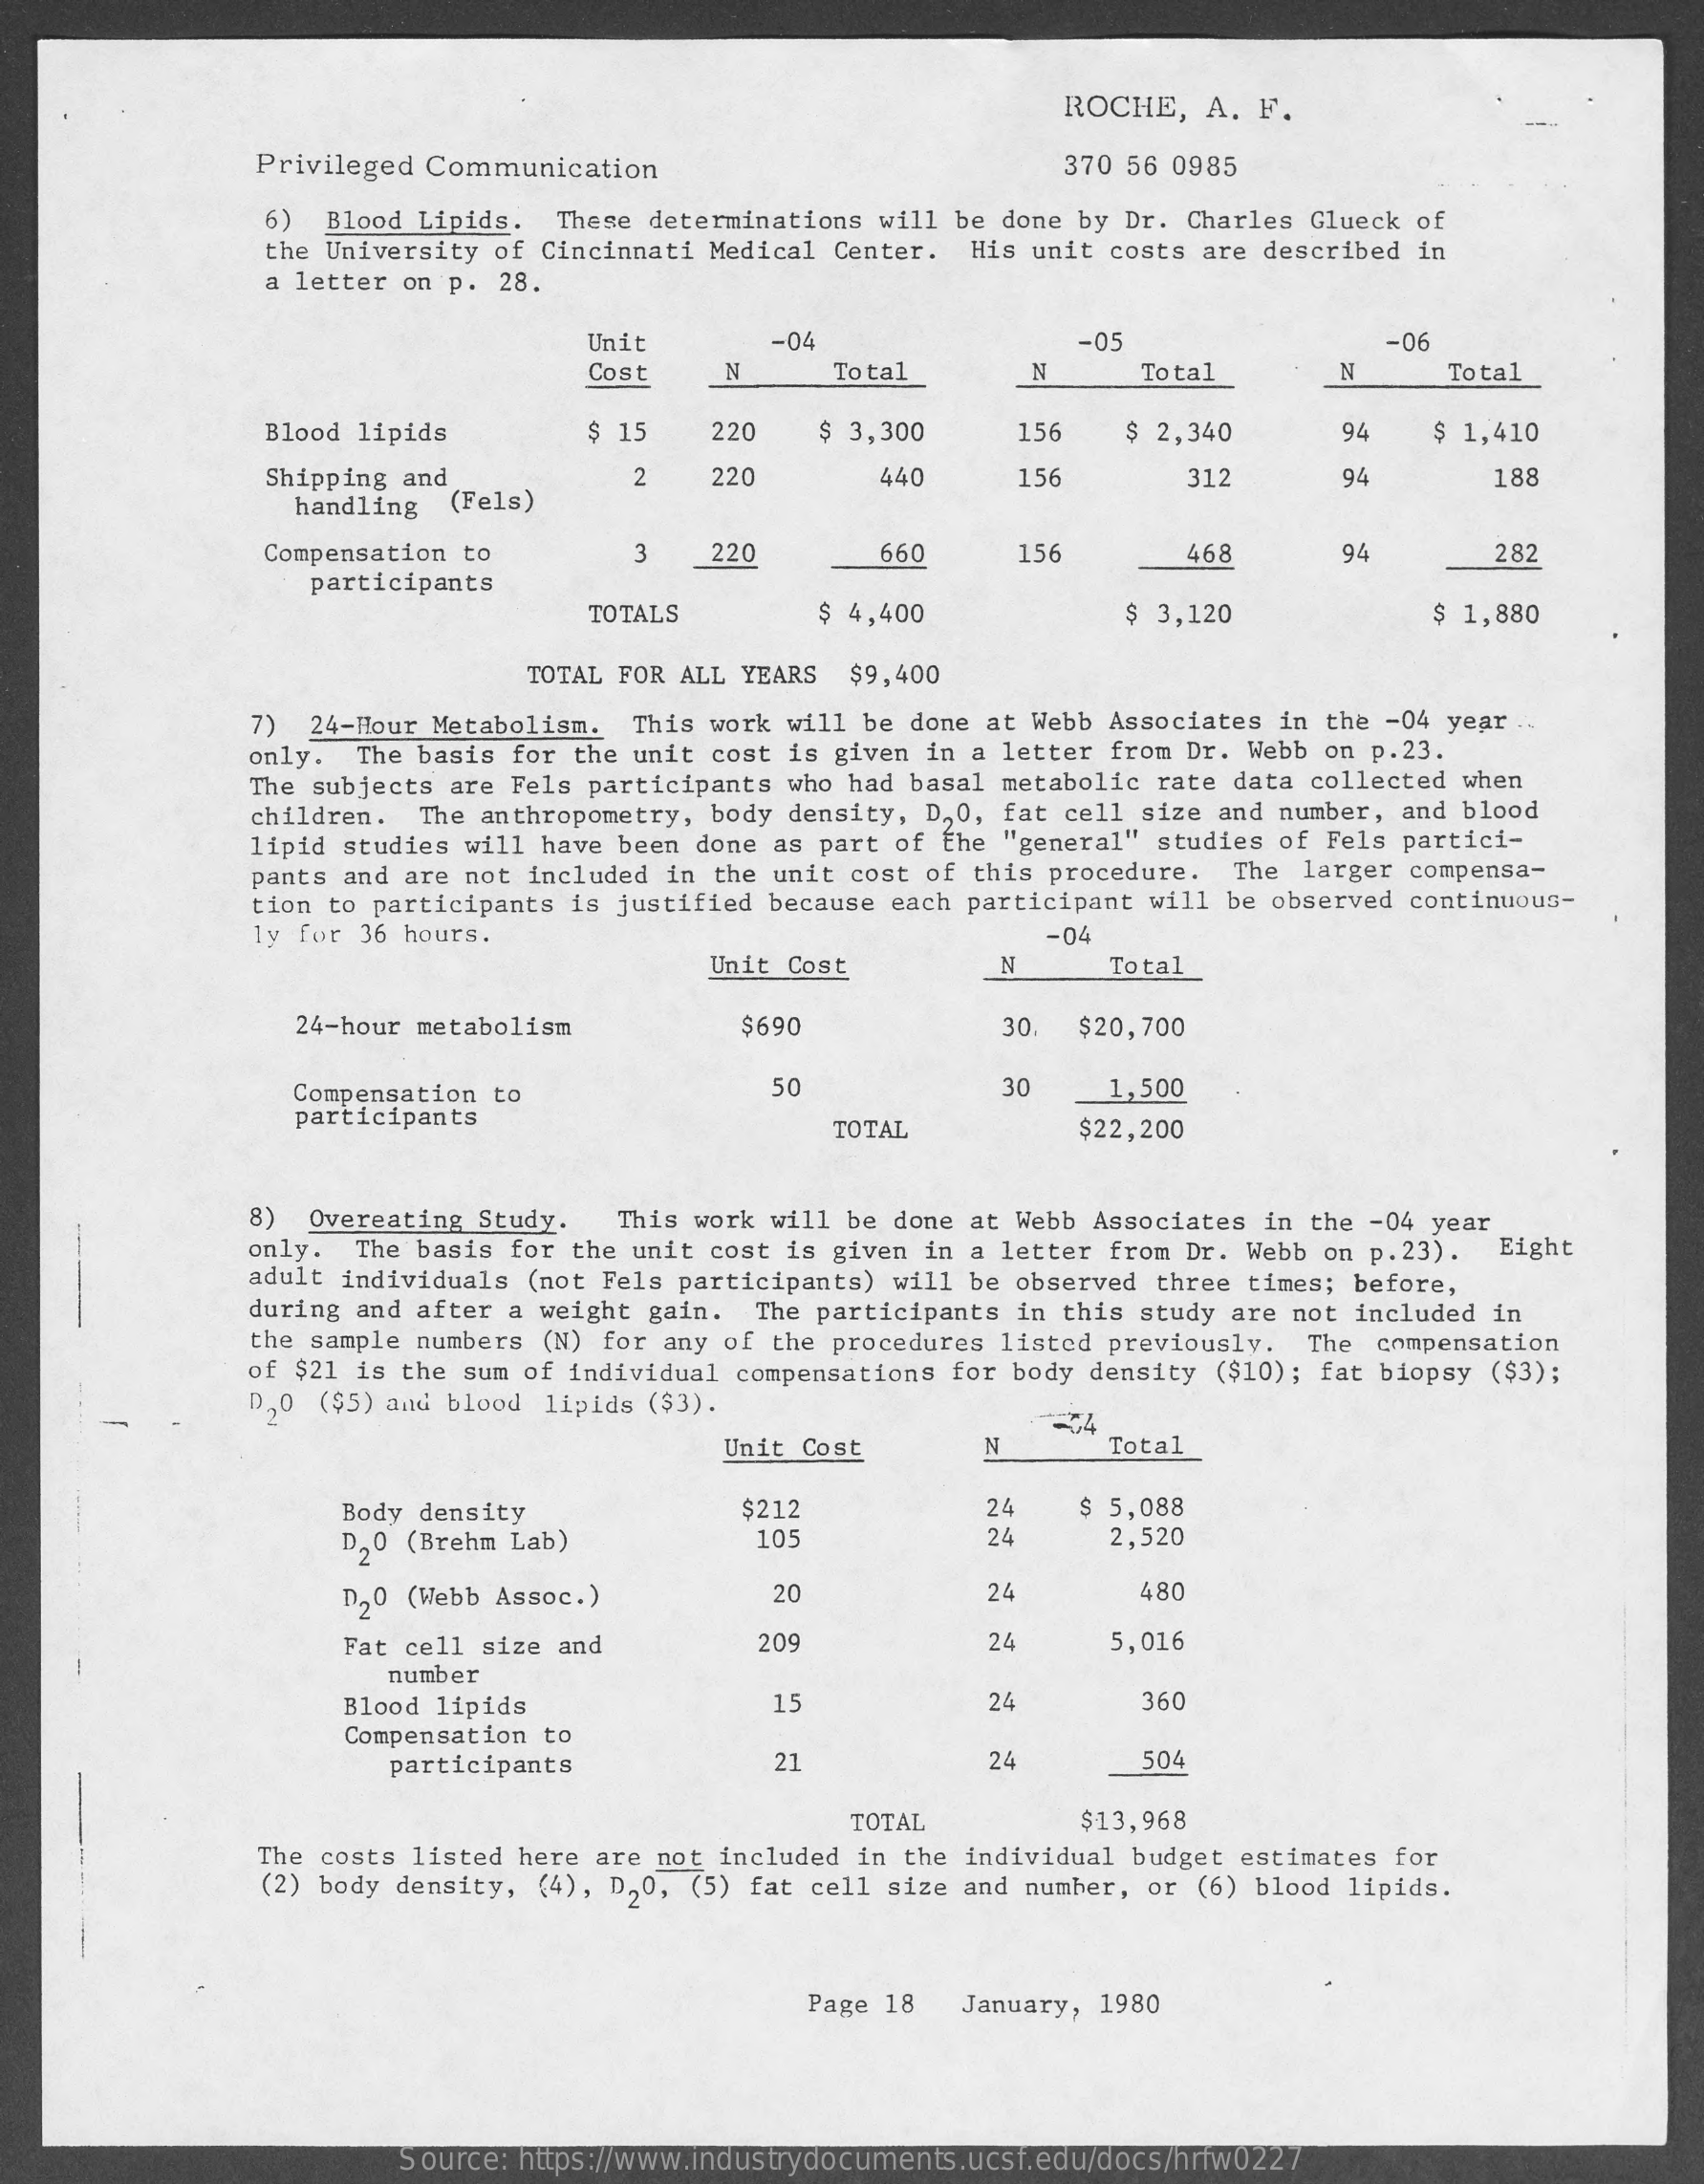
ROCHE,  A. F.
     Privileged Communication    370 56 0985
     6) Blood Lipids. These determinations will be done by Dr. Charles Glueck of
     the University of Cincinnati Medical Center. His unit costs are described in
     a letter on p. 28.
     Unit    -04    -05    -06
     Cost    N    Total    N    Total    N    Total
     Blood lipids    $ 15   220   $ 3,300    156   $ 2,340    94    $ 1,410
     Shipping and    2   220    440    156    312    94    188
     handling (Fels)
     Compensation to    3   220    660    156    468    94    282
     participants
     TOTALS    $ 4,400    $ 3,120    $ 1,880
     TOTAL FOR ALL YEARS $9,400
     7) 24-Hour Metabolism. This work will be done at Webb Associates in the -04 year
     only. The basis for the unit cost is given in a letter from Dr. Webb on p.23.
     The subjects are Fels participants who had basal metabolic rate data collected when
     children. The anthropometry, body density, D,O, fat cell size and number, and blood
     lipid studies will have been done as part of the "general" studies of Fels partici-
     pants and are not included in the unit cost of this procedure. The larger compensa-
     tion to participants is justified because each participant will be observed continuous-
     ly for 36 hours.    -04
     Unit Cost    N    Total
     24-hour metabolism    $690    30  $20,700
     Compensation to    50    30    1,500
     participants
     TOTAL    $22,200
     8) Overeating Study. This work will be done at Webb Associates in the -04 year
     only. The basis for the unit cost is given in a letter from Dr. Webb on p.23). Eight
     adult individuals (not Fels participants) will be observed three times; before,
     during and after a weight gain. The participants in this study are not included in
     the sample numbers (N) for any of the procedures listed previously. The compensation
     of $21 is the sum of individual compensations for body density ($10) ; fat biopsy ($3);
     D20 ($5) and blood lipids ($3).
     -
     Unit Cost
     =34
     N    Total
     Body density    $212    24   $ 5,088
     D20 (Brehm Lab)    105    24    2,520
     D20 (Webb Assoc.)    20    24    480
     Fat cell size and    209    24    5,016
     number
     Blood lipids    15    24    360
     Compensation to
     participants    21    24    504
     TOTAL    $13,968
     The costs listed here are not included in the individual budget estimates for
     (2) body density, (4), D,0, (5) fat cell size and number, or (6) blood lipids.
     Page 18 January, 1980
     Source: https://www.industrydocuments.ucsf.edu/docs/hrfw0227